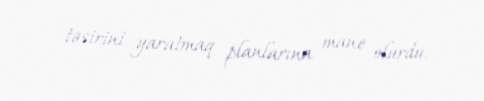
təsirini yaratmaq planlarına mane olurdu.